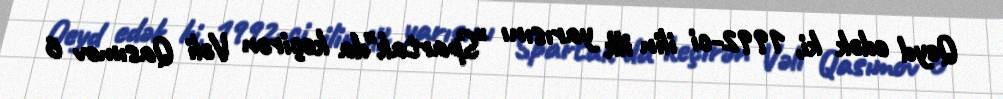
Qeyd edək ki, 1992-ci ilin ilk yarısını "Spartak"da keçirən Vəli Qasımov 6